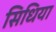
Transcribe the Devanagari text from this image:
सिधिया